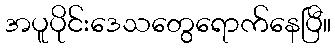
အပူပိုင်းဒေသတွေရောက်နေပြီ။